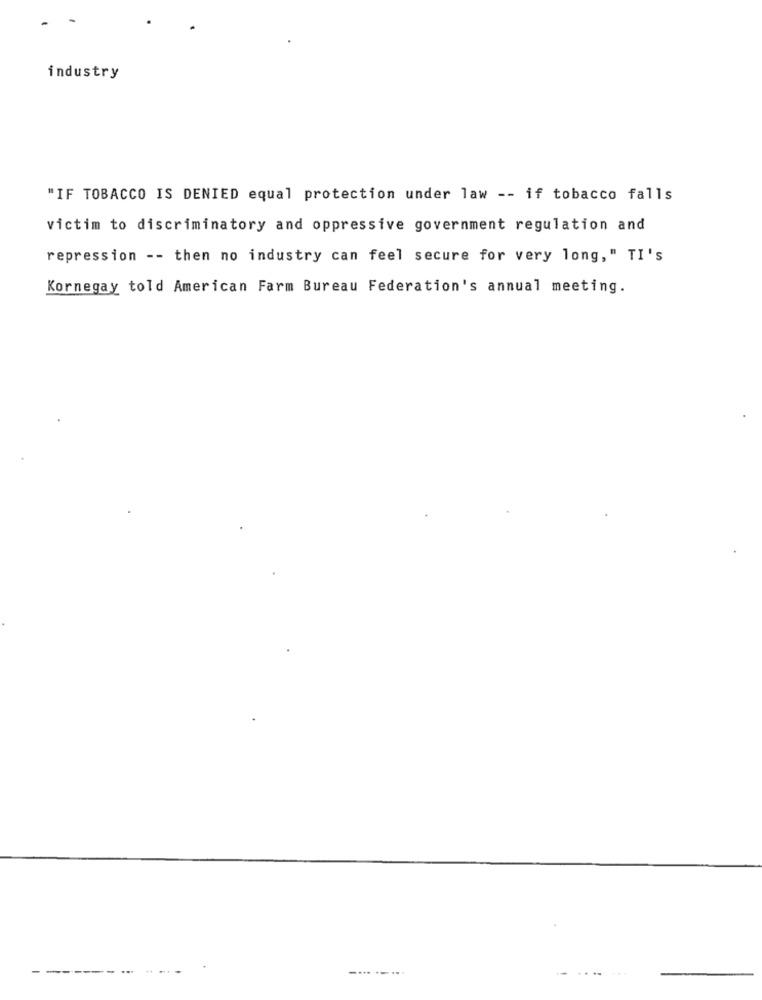
industry
"IF TOBACCO IS DENIED equal protection under law -- if tobacco falls
victim to discriminatory and oppressive government regulation and
repression -- then no industry can feel secure for very long," TI's
Kornegay told American Farm Bureau Federation's annual meeting.